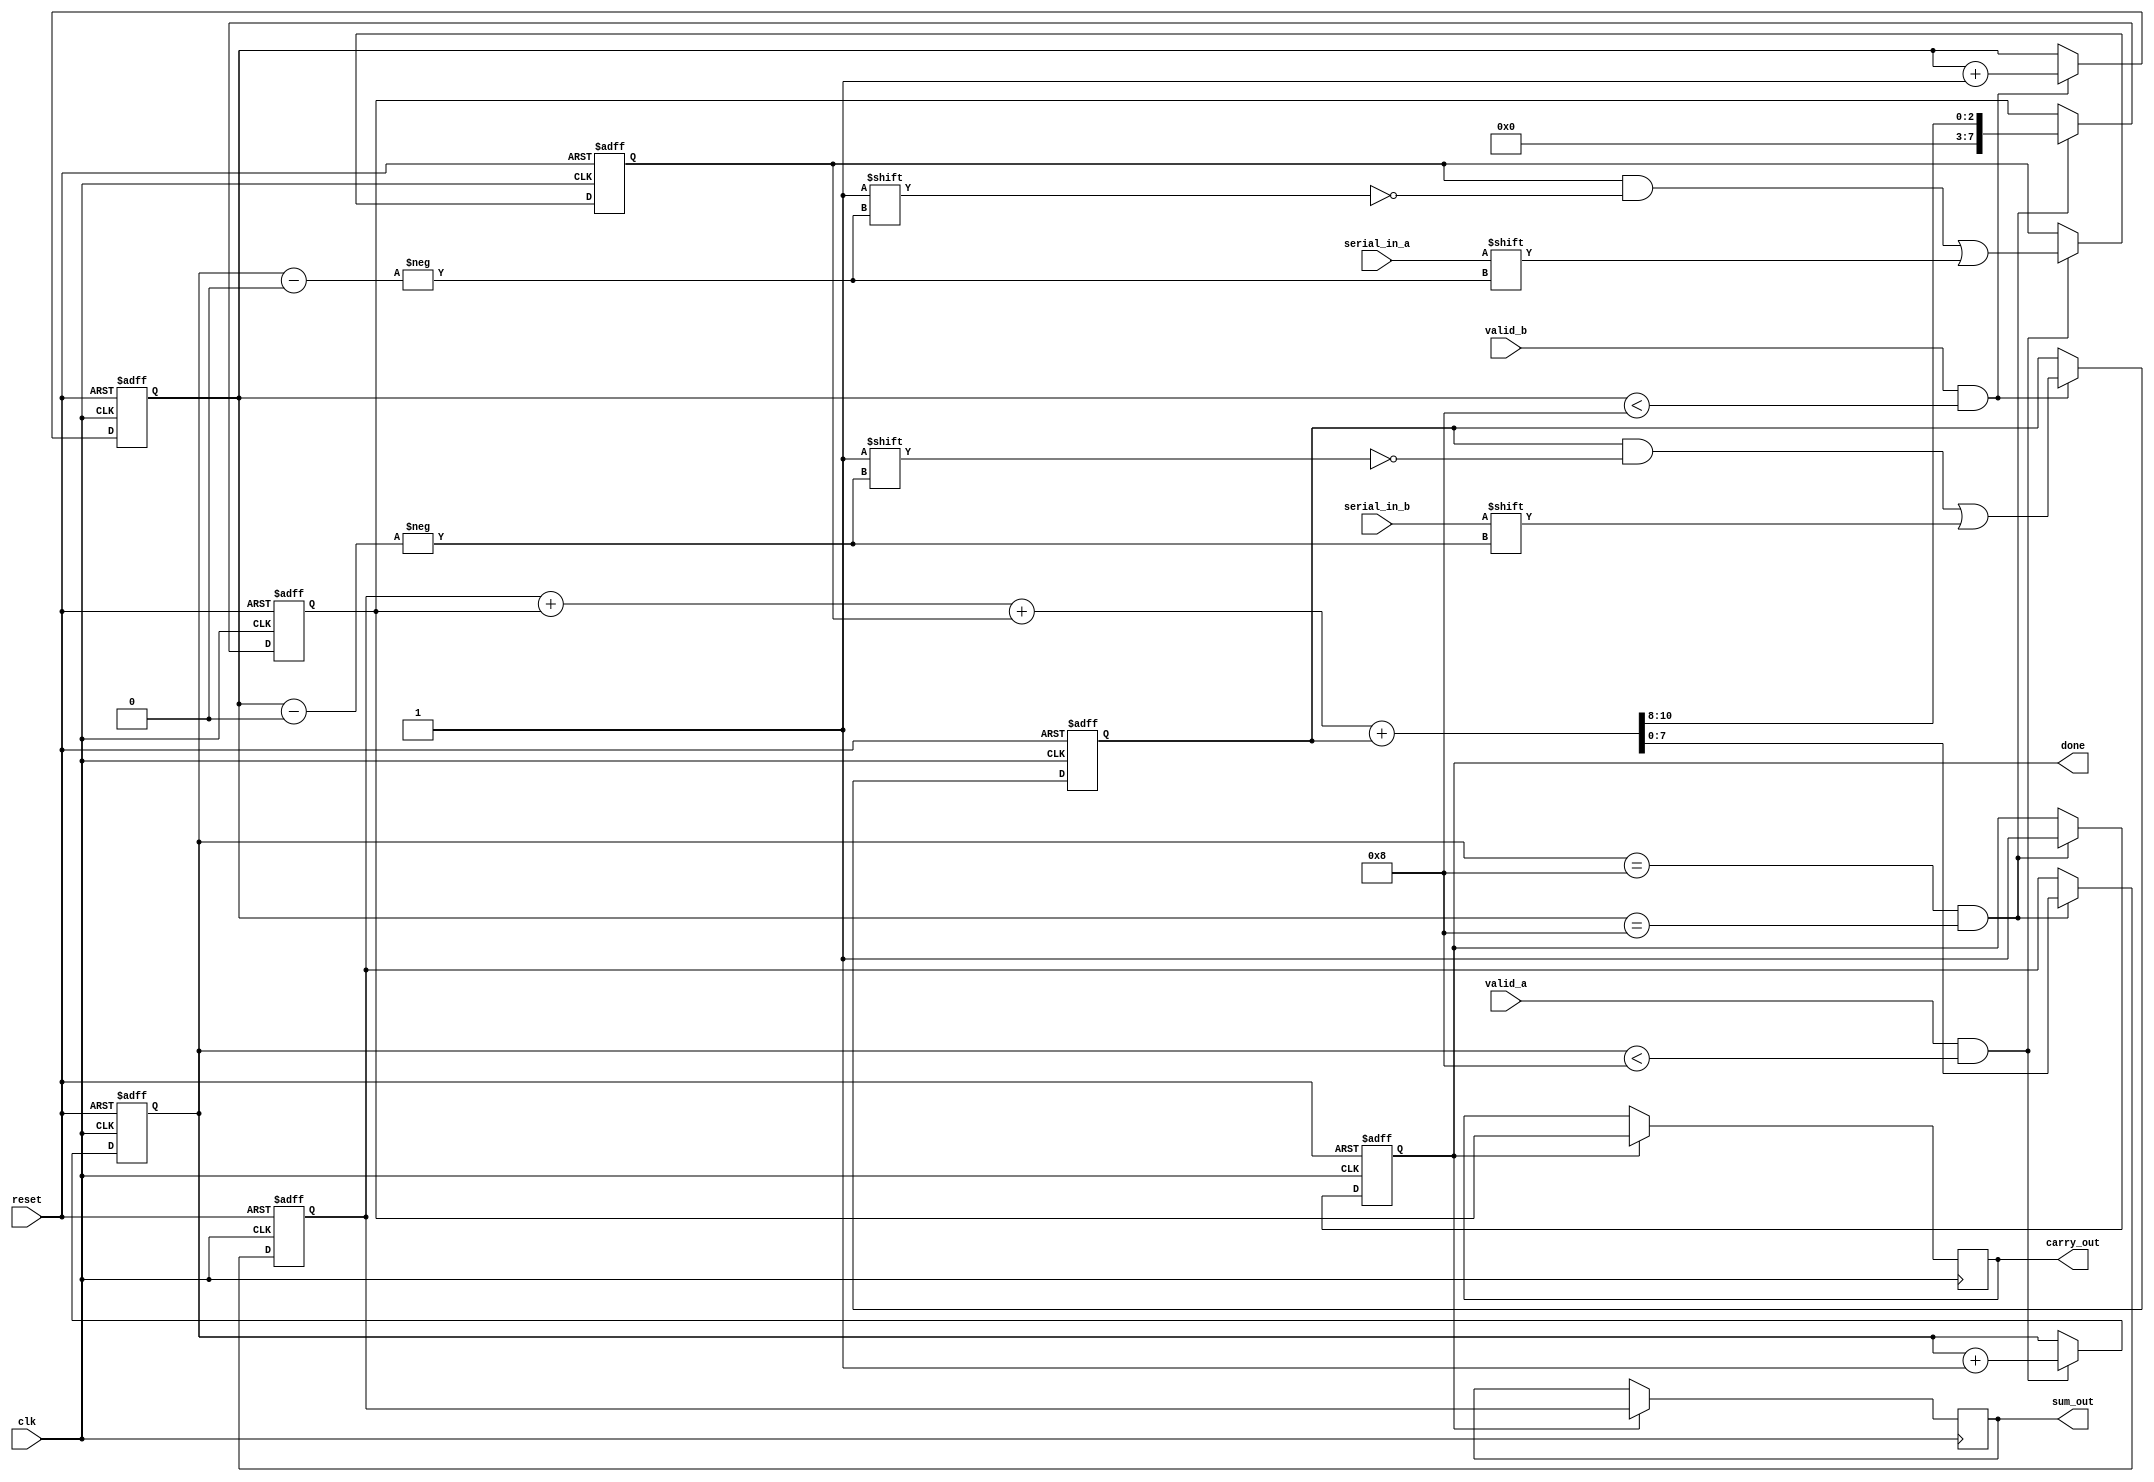
module CarrySaveAdder (
    input wire clk,               // Clock signal
    input wire reset,             // Reset signal
    input wire serial_in_a,       // Serial input for first number
    input wire serial_in_b,       // Serial input for second number
    input wire valid_a,           // Valid signal for first number
    input wire valid_b,           // Valid signal for second number
    output reg [7:0] sum_out,     // Output sum
    output reg [7:0] carry_out,   // Output carry
    output reg done               // Done signal
);

    reg [7:0] a_reg;              // Register for first number
    reg [7:0] b_reg;              // Register for second number
    reg [3:0] count_a;            // Bit counter for first number
    reg [3:0] count_b;            // Bit counter for second number
    reg [7:0] sum;                // Accumulated sum
    reg [7:0] carry;              // Accumulated carry

    // State machine for input reception
    always @(posedge clk or posedge reset) begin
        if (reset) begin
            a_reg <= 8'b0;
            b_reg <= 8'b0;
            count_a <= 4'b0;
            count_b <= 4'b0;
            sum <= 8'b0;
            carry <= 8'b0;
            done <= 1'b0;
        end else begin
            // Receive first number serially
            if (valid_a && count_a < 8) begin
                a_reg[count_a] <= serial_in_a;
                count_a <= count_a + 1;
            end
            
            // Receive second number serially
            if (valid_b && count_b < 8) begin
                b_reg[count_b] <= serial_in_b;
                count_b <= count_b + 1;
            end
            
            // Perform addition when both numbers are fully received
            if (count_a == 8 && count_b == 8) begin
                {carry, sum} <= sum + carry + a_reg + b_reg; // Final addition
                done <= 1'b1; // Indicate that the operation is done
            end
        end
    end

    // Output the final sum and carry
    always @(posedge clk) begin
        if (done) begin
            sum_out <= sum;
            carry_out <= carry;
        end
    end

endmodule